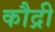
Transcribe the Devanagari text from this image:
कौद्री